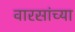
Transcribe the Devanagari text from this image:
वारसांच्या